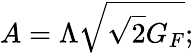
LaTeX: A=\Lambda\sqrt{\sqrt{2}G_{F}};